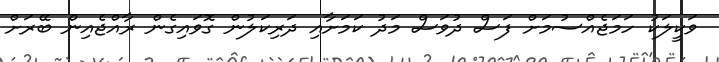
ވަކީލަކު ހަމަޖެއްސުމަށް ފަސް ދުވަސް މަދު ކަމަށާއި ދަރިކަލުން ގޮވައިގެން ރާއްޖެއިން ބޭރަށް